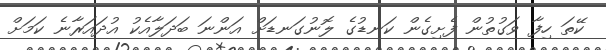
ކޭތަ ހިފާ ވަގުތުން ފެށިގެން ކަނޑުގެ ލޮނުގަނޑަށް އަންނަ ބަދަލާއެކު އުދައަރާނެ ކަމަށް